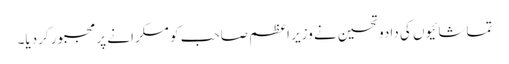
تماشائیوں کی دادوتحسین نے وزیر اعظم صاحب کو مسکرانے پر مجبور کردیا۔